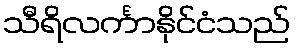
သီရိလင်္ကာနိုင်ငံသည်